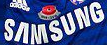
SAMSUNG